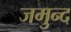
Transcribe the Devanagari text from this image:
जमुन्द